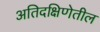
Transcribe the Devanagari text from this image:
अतिदक्षिणेतील